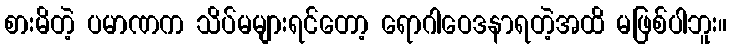
စားမိတဲ့ ပမာဏက သိပ်မများရင်တော့ ရောဂါဝေဒနာရတဲ့အထိ မဖြစ်ပါဘူး။